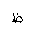
Letter: _za